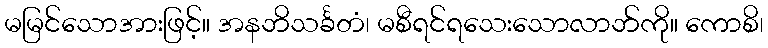
မမြင်သောအားဖြင့်။ အနဘိသင်္ခတံ၊ မစီရင်ရသေးသောလာဘ်ကို။ ကောစိ၊